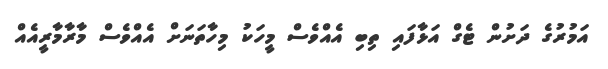
އަމުރުގެ ދަށުން ޓެގް އަޅާފައި ތިބި އެއްވެސް މީހަކު މިހާތަނަށް އެއްވެސް މާރާމާރީއެއް